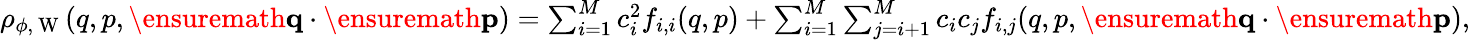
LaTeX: \begin{array}{r}{\rho_{\phi,\mathrm{~W~}}(q,p,\ensuremath{\mathbf{q}}\cdot\ensuremath{\mathbf{p}})=\sum_{i=1}^{M}c_{i}^{2}f_{i,i}(q,p)+\sum_{i=1}^{M}\sum_{j=i+1}^{M}c_{i}c_{j}f_{i,j}(q,p,\ensuremath{\mathbf{q}}\cdot\ensuremath{\mathbf{p}}),}\end{array}